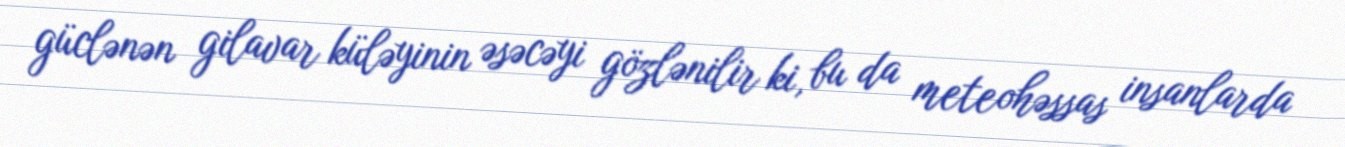
güclənən gilavar küləyinin əsəcəyi gözlənilir ki, bu da meteohəssas insanlarda